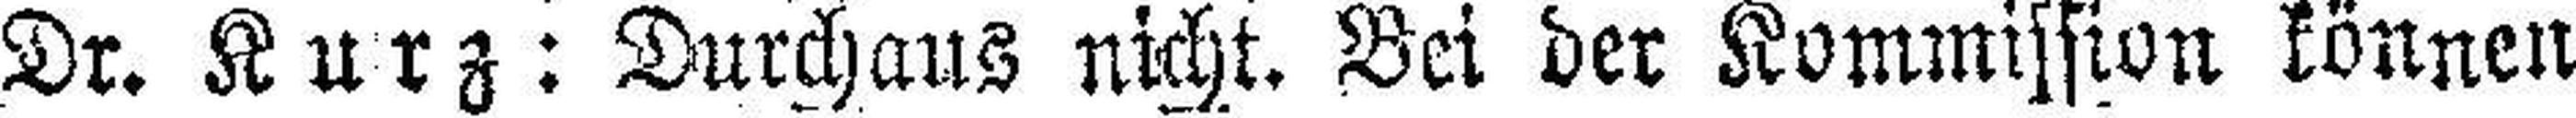
Dr. Kurz: Durchaus nicht. Bei der Kommission können